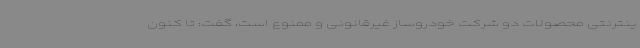
ینترنتی محصولات دو شرکت خودروساز غیرقانونی و ممنوع است، گفت: تا کنون